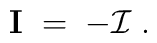
{\mathbf I} \;=\; - {\mathcal I} \;.